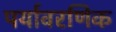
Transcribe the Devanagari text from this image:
पर्यावरणिक